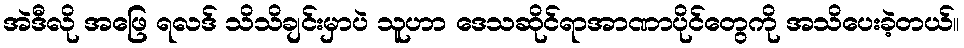
အဲဒီလို အဖြေ ရလဒ် သိသိချင်းမှာပဲ သူဟာ ဒေသဆိုင်ရာအာဏာပိုင်တွေကို အသိပေးခဲ့တယ်။